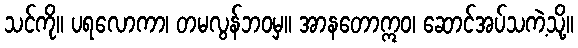
သင်ကို။ ပရလောကာ၊ တမလွန်ဘဝမှ။ အာနတောဣဝ၊ ဆောင်အပ်သကဲ့သို့။